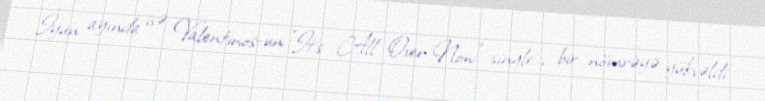
İyun ayında isə Valentinos-un "It's All Over Now" single-ı bir nömrəyə yüksəldi